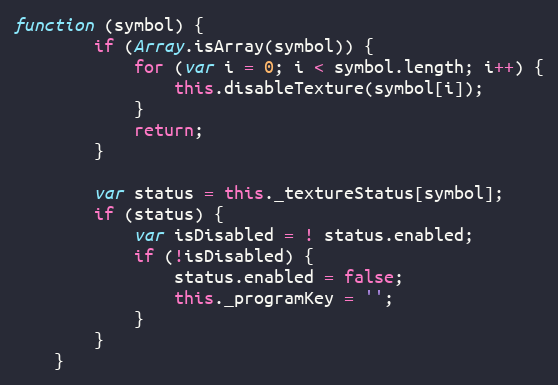
Language: JavaScript
function (symbol) {
        if (Array.isArray(symbol)) {
            for (var i = 0; i < symbol.length; i++) {
                this.disableTexture(symbol[i]);
            }
            return;
        }

        var status = this._textureStatus[symbol];
        if (status) {
            var isDisabled = ! status.enabled;
            if (!isDisabled) {
                status.enabled = false;
                this._programKey = '';
            }
        }
    }